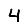
Digit: 4